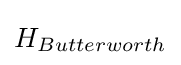
H_{Butterworth}